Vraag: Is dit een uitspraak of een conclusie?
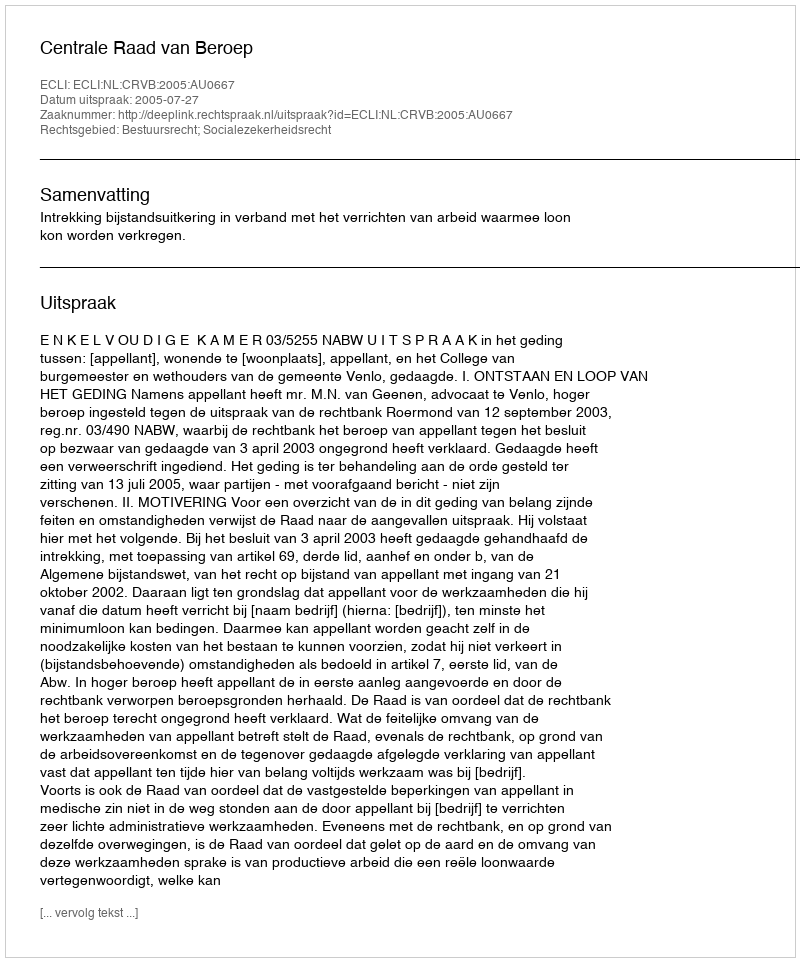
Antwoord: Uitspraak